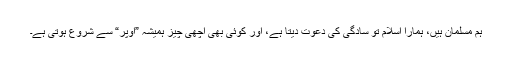
ہم مسلمان ہیں، ہمارا اسلام تو سادگی کی دعوت دیتا ہے، اور کوئی بھی اچھی چیز ہمیشہ ”اوپر“ سے شروع ہوتی ہے۔